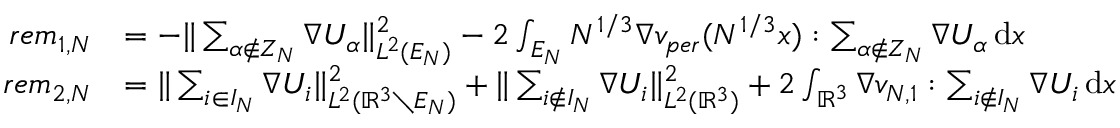
\begin{array} { r l } { r e m _ { 1 , N } } & { = - \| \sum _ { \alpha \notin Z _ { N } } \nabla U _ { \alpha } \| _ { L ^ { 2 } ( E _ { N } ) } ^ { 2 } - 2 \int _ { E _ { N } } N ^ { 1 / 3 } \nabla v _ { p e r } ( N ^ { 1 / 3 } x ) : \sum _ { \alpha \notin Z _ { N } } \nabla U _ { \alpha } \, \mathrm { d } x } \\ { r e m _ { 2 , N } } & { = \| \sum _ { i \in I _ { N } } \nabla U _ { i } \| _ { L ^ { 2 } ( \mathbb R ^ { 3 } \setminus E _ { N } ) } ^ { 2 } + \| \sum _ { i \notin I _ { N } } \nabla U _ { i } \| _ { L ^ { 2 } ( \mathbb R ^ { 3 } ) } ^ { 2 } + 2 \int _ { \mathbb { R } ^ { 3 } } \nabla v _ { N , 1 } : \sum _ { i \notin I _ { N } } \nabla U _ { i } \, \mathrm { d } x } \end{array}